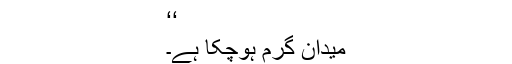
‘‘
میدان گرم ہوچکا ہے۔